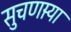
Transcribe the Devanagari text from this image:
सुचणार्‍या